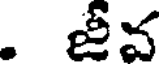
. జీవ